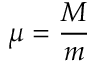
\mu = { \frac { M } { m } }